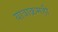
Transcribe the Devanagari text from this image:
यात्राक्रमही